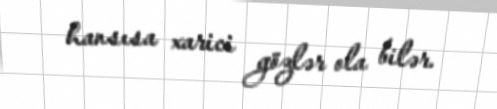
hansısa xarici gözlər ola bilər.